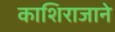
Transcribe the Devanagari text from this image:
काशिराजाने